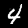
Digit: 4